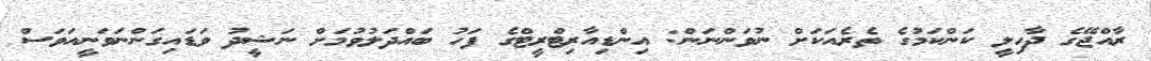
ރާއްޖޭގެ ދާހިލީ ކަންކަމުގެ ތެރެއަކަށް ނުވަންނަން: އިންޑިއާރިޓްރީޓްގެ ފަހު ބައްދަލުވުމަށް ނަޝީދު ވަޑައިގަންނަވަނީއަވަސް